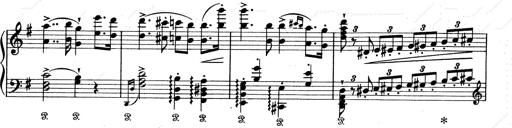
Title: Aus Lohengrin
Composer: Franz Liszt